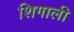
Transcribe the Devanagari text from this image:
शिगाली